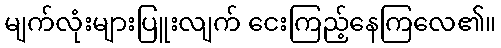
မျက်လုံးများပြူးလျက် ငေးကြည့်နေကြလေ၏။